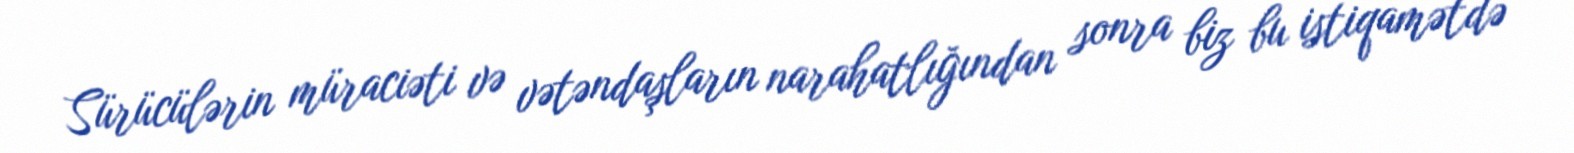
Sürücülərin müraciəti və vətəndaşların narahatlığından sonra biz bu istiqamətdə